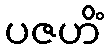
ပဇဟိံ